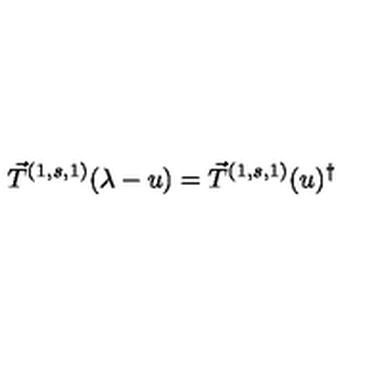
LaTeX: \vec { T } ^ { ( 1 , s , 1 ) } ( \lambda - u ) = { \vec { T } ^ { ( 1 , s , 1 ) } } ( u ) ^ { \dagger }